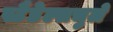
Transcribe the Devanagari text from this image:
स्टैडेल्सचुले